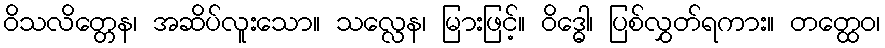
ဝိသလိတ္တေန၊ အဆိပ်လူးသော။ သလ္လေန၊ မြားဖြင့်။ ဝိဒ္ဓေါ၊ ပြစ်လွှတ်ရကား။ တတ္ထေဝ၊